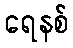
ရေနစ်